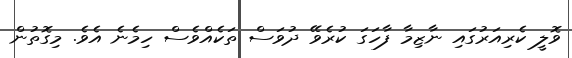
ވޮލީ ކެރިއަރުގައި ނާޒިމާ ފާހަގަ ކުރެވޭ ދުވަސް ތަކެއްވެސް ހިމެނެ އެވެ. މިގޮތުން